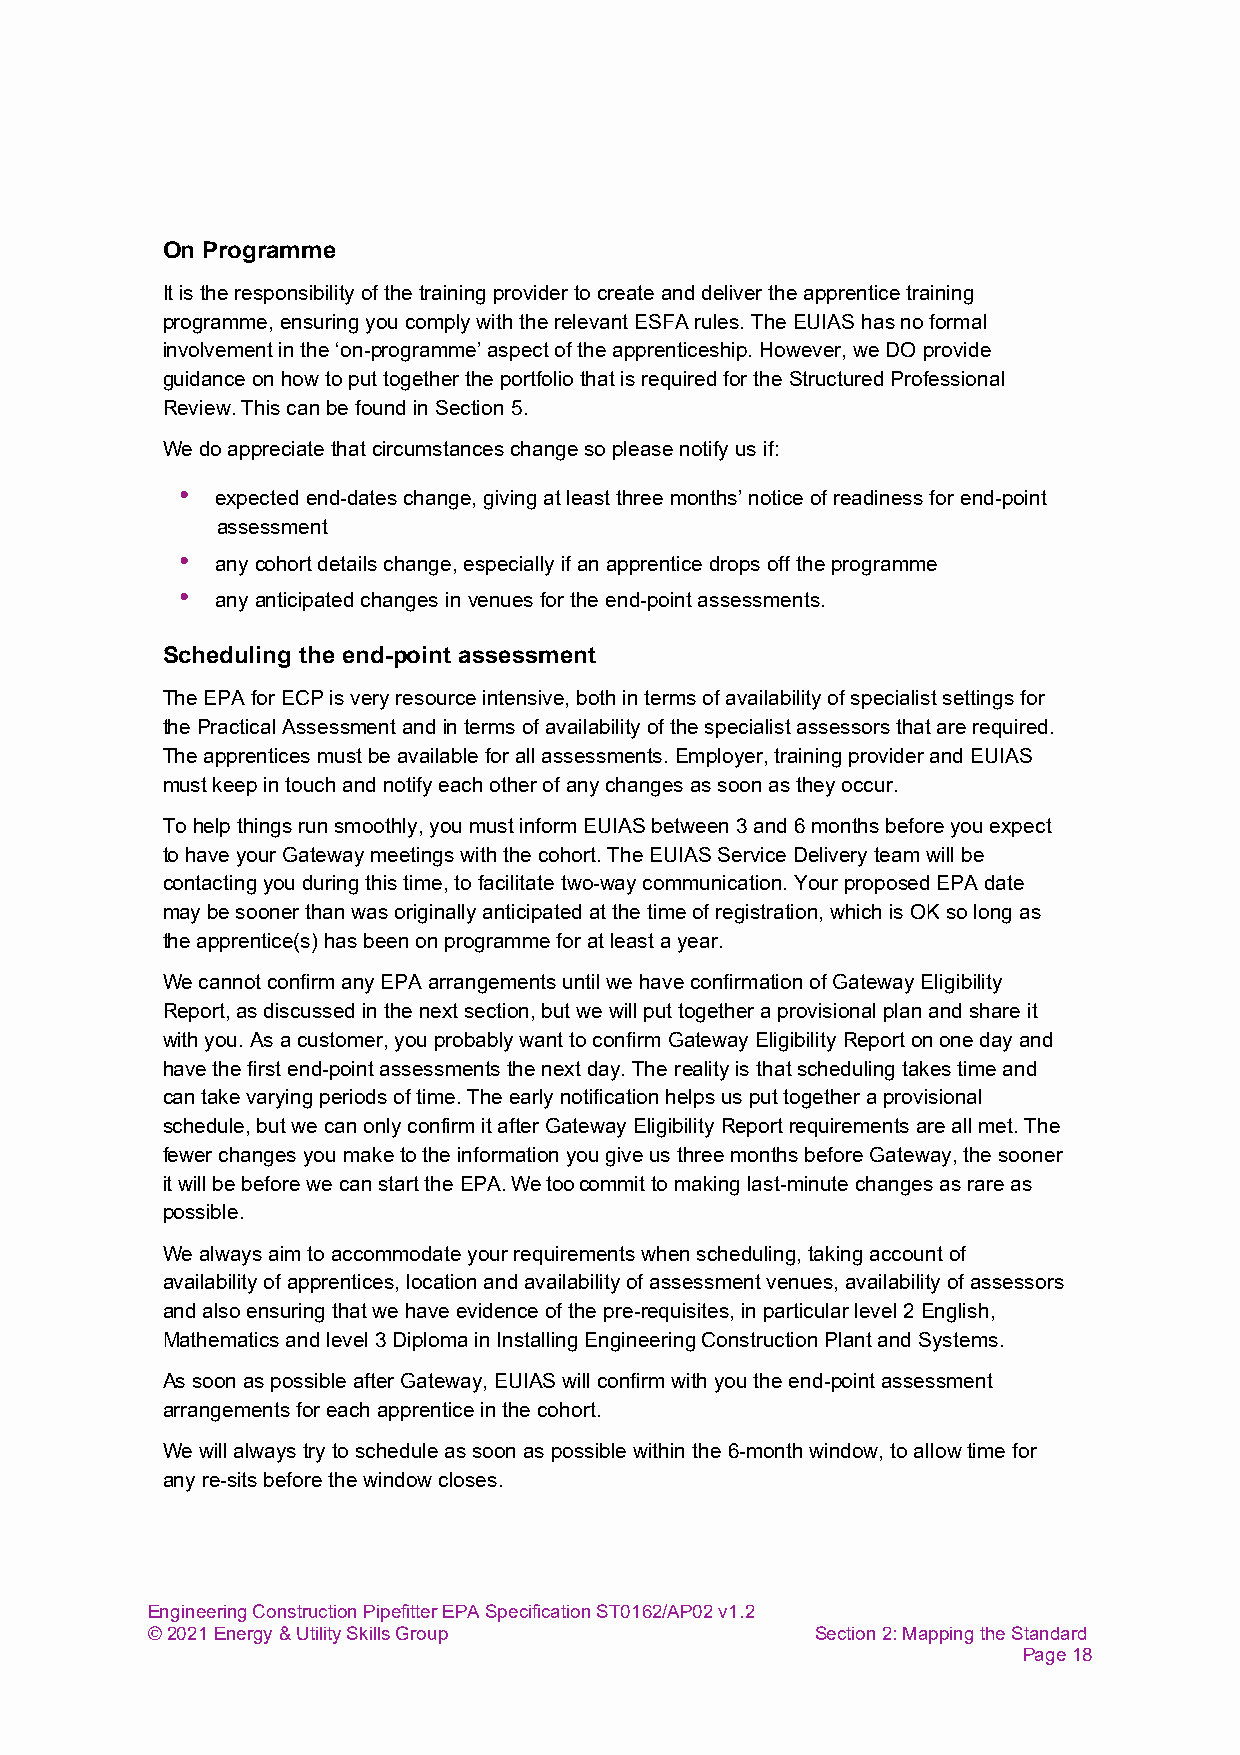
On Programme
 It is the responsibility of the training provider to create and deliver the apprentice training
 programme, ensuring you comply with the relevant ESFA rules. The EUIAS has no formal
 involvement in the ‘on-programme’ aspect of the apprenticeship. However, we DO provide
 guidance on how to put together the portfolio that is required for the Structured Professional
 Review. This can be found in Section 5.
 We do appreciate that circumstances change so please notify us if:
 • expected end-dates change, giving at least three months’ notice of readiness for end-point
 assessment
 • any cohort details change, especially if an apprentice drops off the programme
 • any anticipated changes in venues for the end-point assessments.
 Scheduling the end-point assessment
 The EPA for ECP is very resource intensive, both in terms of availability of specialist settings for
 the Practical Assessment and in terms of availability of the specialist assessors that are required.
 The apprentices must be available for all assessments. Employer, training provider and EUIAS
 must keep in touch and notify each other of any changes as soon as they occur.
 To help things run smoothly, you must inform EUIAS between 3 and 6 months before you expect
 to have your Gateway meetings with the cohort. The EUIAS Service Delivery team will be
 contacting you during this time, to facilitate two-way communication. Your proposed EPA date
 may be sooner than was originally anticipated at the time of registration, which is OK so long as
 the apprentice(s) has been on programme for at least a year.
 We cannot confirm any EPA arrangements until we have confirmation of Gateway Eligibility
 Report, as discussed in the next section, but we will put together a provisional plan and share it
 with you. As a customer, you probably want to confirm Gateway Eligibility Report on one day and
 have the first end-point assessments the next day. The reality is that scheduling takes time and
 can take varying periods of time. The early notification helps us put together a provisional
 schedule, but we can only confirm it after Gateway Eligibility Report requirements are all met. The
 fewer changes you make to the information you give us three months before Gateway, the sooner
 it will be before we can start the EPA. We too commit to making last-minute changes as rare as
 possible.
 We always aim to accommodate your requirements when scheduling, taking account of
 availability of apprentices, location and availability of assessment venues, availability of assessors
 and also ensuring that we have evidence of the pre-requisites, in particular level 2 English,
 Mathematics and level 3 Diploma in Installing Engineering Construction Plant and Systems.
 As soon as possible after Gateway, EUIAS will confirm with you the end-point assessment
 arrangements for each apprentice in the cohort.
 We will always try to schedule as soon as possible within the 6-month window, to allow time for
 any re-sits before the window closes.
 Engineering Construction Pipefitter EPA Specification ST0162/AP02 v1.2
 © 2021 Energy & Utility Skills Group        Section 2: Mapping the Standard
 Page 18